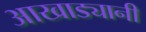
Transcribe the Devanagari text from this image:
आखाड्यानी